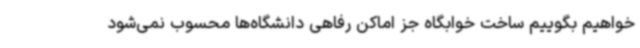
‌خواهیم بگوییم ساخت خوابگاه جز اماکن رفاهی دانشگاه‌ها محسوب نمی‌شود